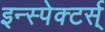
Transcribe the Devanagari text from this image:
इन्स्पेक्टर्स्